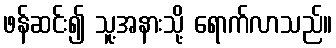
ဖန်ဆင်း၍ သူ့အနားသို့ ရောက်လာသည်။